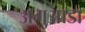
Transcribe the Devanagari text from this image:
अगुआडा